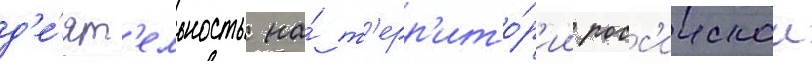
д'е́ят'ельность на́ т'ерр'ито́р'ии росс'иискои